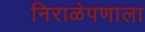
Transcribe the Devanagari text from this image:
निराळेपणाला